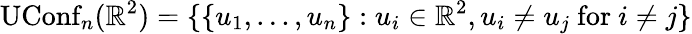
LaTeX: \operatorname{UConf}_{n}(\mathbb{R}^{2})=\{ \{ u_{1},...,u_{n}\} :u_{i}\in\mathbb{R}^{2},u_{i}\neq u_{j}{\mathrm{~for~}}i\neq j\}